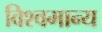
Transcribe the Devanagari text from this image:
विश्वमान्य